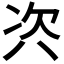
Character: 𭁊